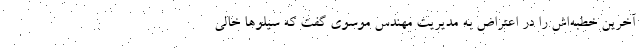
آخرین خطبه‌اش را در اعتراض به مدیریت مهندس موسوی گفت که سیلوها خالی